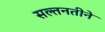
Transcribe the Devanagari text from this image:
सल्तनतीने